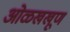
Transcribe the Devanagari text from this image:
ओळखखूण